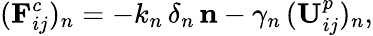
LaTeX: (\mathbf{F}_{ij}^{c})_{n}=-k_{n}\, \delta_{n}\, {\mathbf{n}}-\gamma_{n}\, (\mathbf{U}_{ij}^{p})_{n},